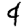
Digit: 4